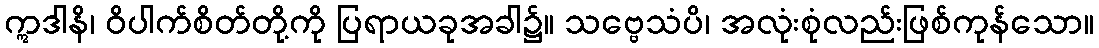
ဣဒါနိ၊ ဝိပါက်စိတ်တို့ကို ပြရာယခုအခါ၌။ သဗ္ဗေသံပိ၊ အလုံးစုံလည်းဖြစ်ကုန်သော။